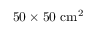
5 0 \times 5 0 ~ \mathrm { c m ^ { 2 } }